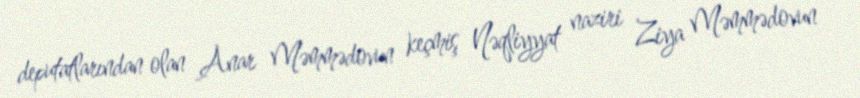
deputatlarından olan Anar Məmmədovun keçmiş Nəqliyyat naziri Ziya Məmmədovun